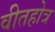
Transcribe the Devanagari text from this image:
वीतहोत्र